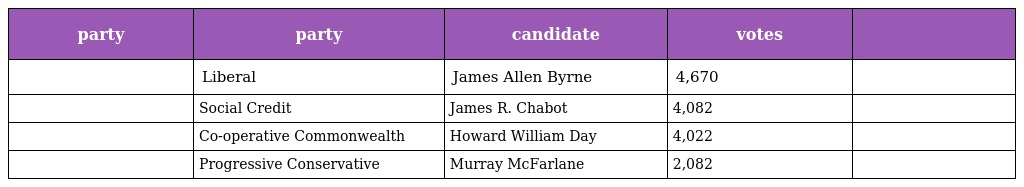
| party | party | candidate | votes |  |
 | --- | --- | --- | --- | --- |
 |  | Liberal | James Allen Byrne | 4,670 |  |
 |  | Social Credit | James R. Chabot | 4,082 |  |
 |  | Co-operative Commonwealth | Howard William Day | 4,022 |  |
 |  | Progressive Conservative | Murray McFarlane | 2,082 |  |